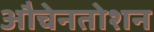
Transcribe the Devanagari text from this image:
औचेनतोशन